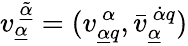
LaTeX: v_{\underline{{{\alpha}}}}^{~\underline{{{\tilde{\alpha}}}}}=(v_{\underline{{{\alpha}}}q}^{~\alpha},\bar{v}_{\underline{{{\alpha}}}}^{~\dot{\alpha}q})